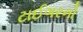
ટાઈગરનો